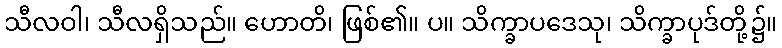
သီလဝါ၊ သီလရှိသည်။ ဟောတိ၊ ဖြစ်၏။ ပ။ သိက္ခာပဒေသု၊ သိက္ခာပုဒ်တို့၌။